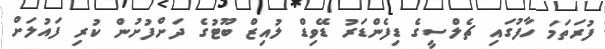
ފުރަތަމަ ހާފުގައި ޗެލްސީގެ ޑިފެންޑަރު ޑޭވިޑް ލުއިޒް ބޫޓުގެ ދަށްފުށުން ކުރި ފައުލަށް